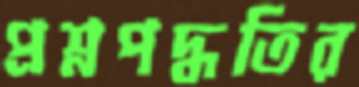
প্রশ্নপদ্ধতির